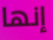
إنها